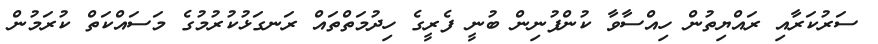
ސަރުކަރާއި ރައްޔިތުން ހިއްސާވާ ކުންފުނިން ބުނީ ފެރީގެ ހިދުމަތްތައް ރަނގަޅުކުރުމުގެ މަސައްކަތް ކުރަމުން